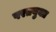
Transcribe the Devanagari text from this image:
परतयुक्त